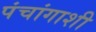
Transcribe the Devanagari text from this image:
पंचांगाशी